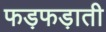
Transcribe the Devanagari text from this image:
फड़फड़ाती